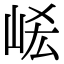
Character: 𡶱